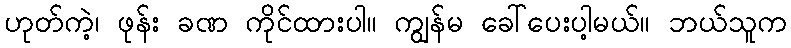
ဟုတ်ကဲ့၊ ဖုန်း ခဏ ကိုင်ထားပါ။ ကျွန်မ ခေါ်ပေးပါ့မယ်။ ဘယ်သူက